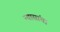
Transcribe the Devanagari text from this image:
न्यासांचा